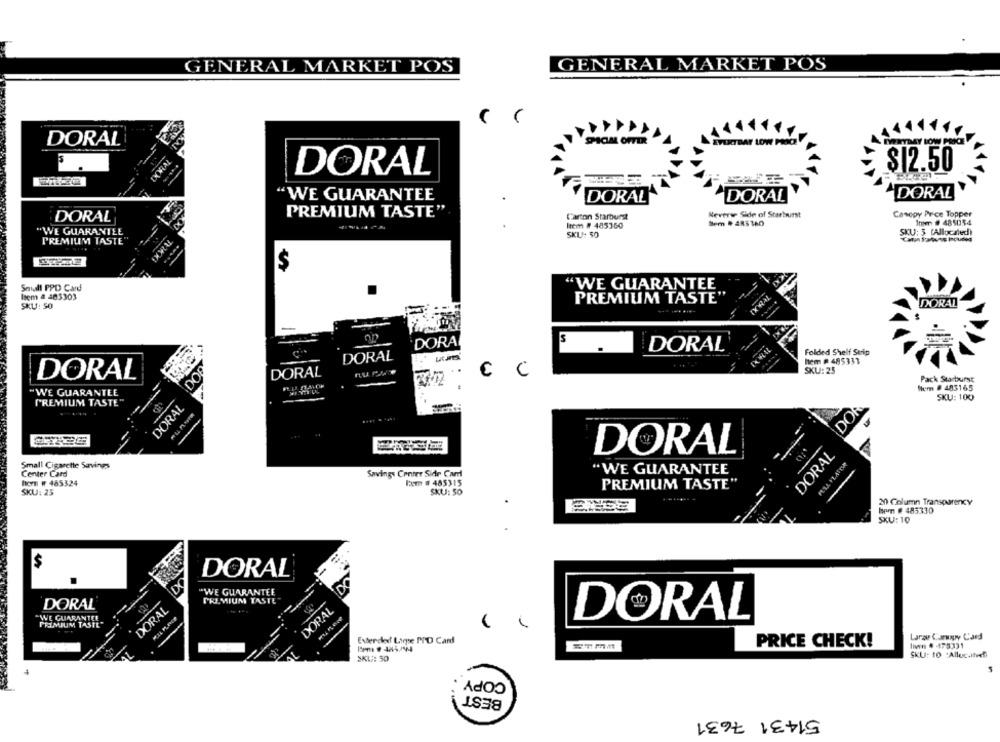
GENERAL MARKET POS
GENERAL MARKET POS
DORAL
DIOM OFFER
EVERYDAY LOW POO
$12.50
DORAL
DORAL
"WE GUARANTEE
DORAL
DORAL
PREMIUM TASTE"
Carton Starburst
Neverwe Side of Starburst
Canopy Price Topper
DORAL
Item # 485054
"WE GUARANTEE
Item # 485360
SKU: 3 (Allocated)
SKU: 50
PREMIUM TASTE"
$
Small PPD Card
"WE GUARANTEE
Item # 405303
IXWAL
SKU: 50
PREMIUM TASTE"
DORAL
.........
-
DORA
DORAL
DORAL
Folded Shelf Surip
hem # 485333
DO
nu Pae
€
C
SKU: 25
DORAL
DORAL
Pack Starburst
Skem # 483165
"WE GUARANTEE
SKU: 100
PREMIUM TASTE"
DORAL
DOR
DORAL
DORAL
Small Cigarette Savings
Center Card
Savings Center Sidr Card
"WE GUARANTEE
hern # 485324
FAT 8 485315
PREMIUM TASTE"
SKU: 25
SKU: 50
20 Column Transparency
Hem # 485330
SKU: 10
-
DORAL
EX
D
"WE GUARANTEE
PREMIUM TASTE"
DORAL
DORAL
DORAL
DORAL
"WE GUARANTEE
PREMIUM TASTE"
Larae Canopy Card
Everced Line PID Card
PRICE CHECK!
lin 4 -475331
SKU: to *Allocatefi
SKLA: 50
COPY
BEST
51431 7631